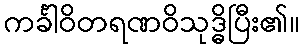
ကင်္ခါဝိတရဏဝိသုဒ္ဓိပြီး၏။